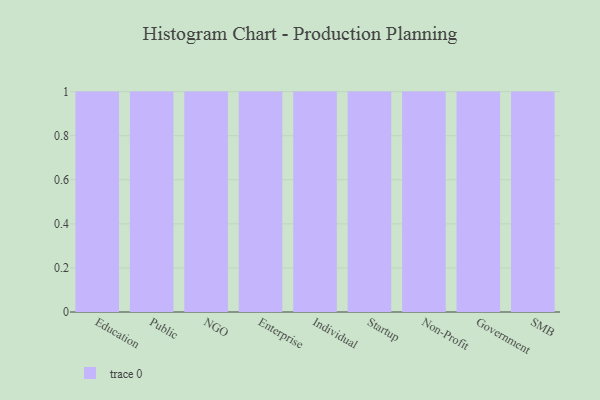
{"axis": {"x": "Segment", "y": "Page Views"}, "legend": [""], "data": [{"x": "Education", "y": 26, "type": ""}, {"x": "Public", "y": 87, "type": ""}, {"x": "NGO", "y": 44, "type": ""}, {"x": "Enterprise", "y": 99, "type": ""}, {"x": "Individual", "y": 31, "type": ""}, {"x": "Startup", "y": 79, "type": ""}, {"x": "Non-Profit", "y": 88, "type": ""}, {"x": "Government", "y": 27, "type": ""}, {"x": "SMB", "y": 35, "type": ""}]}